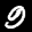
Label: 9